Lunatic asylums Bombay report 1891-1903 - 1891-1903
Year: 1891
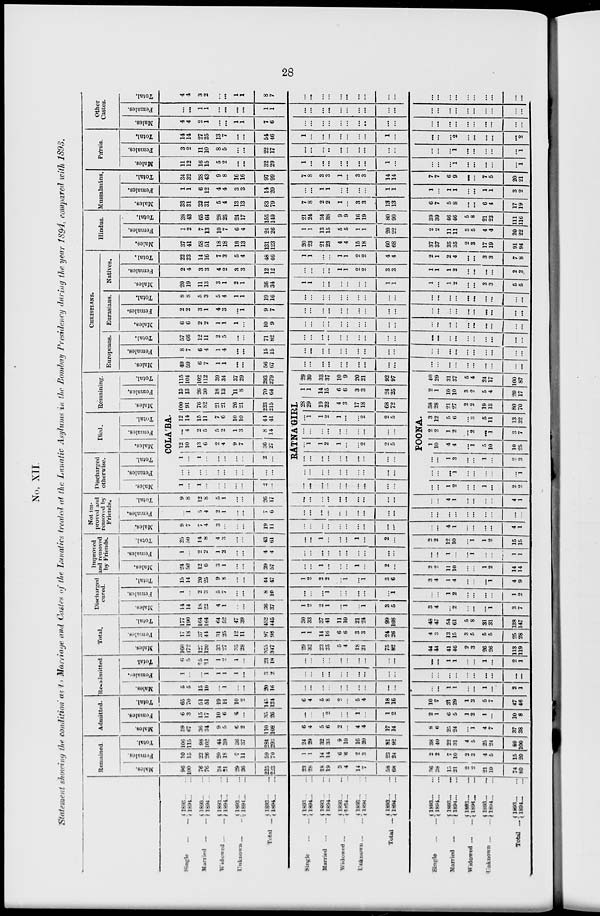
28
No. XII.
Statement showing the condition as to Marriage and Castes of the Lunatics treated at the Lunatic Asylums in the Bombay Presidency during the year 1894, compared with 1893.
Single
...
...
Married
...
...
Widowed ... ...
Unknown ... ...
Total ...
Single
...
...
Married
...
...
Widowed ... ...
Unknown ... ...
Total ...
Single
...
...
Married
...
...
Widowed
...
...
Unknown
...
...
Total
...
1893... ...
1894 ... ...
1893... ...
1894 ... ...
1893... ...
1894 ... ...
1893...
...
1894...
...
1893... ...
1894...
...
1893...
...
1894...
...
1893...
...
1894...
...
1893...
...
1894...
...
1893...
...
1894...
...
1893...
...
1894...
...
1893 ... ...
1894 ... ...
1893... ...
1894...
...
1893...
...
1894... ...
1893...
...
1894...
...
1893...
...
1894... ...
Remained.
Males.
96
100
76
76
24
21
29
26
225
223
23
28
18
19
3
4
14
7
58
68
36
36
15
21
2
2
21
19
74
80
Females.
10
15
22
26
20
18
7
11
59
70
1
1
14
14
6
6
2
3
23
24
2
2
7
10
2
3
4
5
15
20
Total.
106
115
98
102
44
39
36
37
284
293
24
29
32
33
9
10
16
20
81
92
38
40
22
31
4
5
25
24
89
100
Admitted.
Males.
59
67
36
34
9
5
6
2
110
108
6
4
5
6
2
...
4
4
17
14
8
6
25
24
...
1
4
7
37
38
Females.
6
3
15
17
10
6
4
...
35
26
...
...
...
2
...
...
1
...
1
2
2
1
6
5
1
2
1
...
10
8
Total.
65
70
51
51
19
11
10
2
145
134
6
4
5
8
2
...
5
4
18
16
10
7
31
29
1
3
5
7
47
46
Re-admitted.
Males.
5
5
15
10
...
1
...
...
20
16
...
...
...
...
...
...
...
...
...
...
...
...
1
1
...
...
1
...
2
1
Females.
1
...
...
1
1
1
1
...
3
2
...
...
...
...
...
...
...
...
...
...
...
...
...
...
...
...
...
...
...
...
Total.
6
5
15
11
1
2
1
...
23
18
...
...
...
...
...
...
...
...
...
...
...
...
1
1
...
...
1
...
2
1
Total.
Males.
160
172
127
120
33
27
35
28
355
347
29
32
23
25
5
4
18
21
75
82
44
44
41
46
2
3
26
26
113
119
Females.
17
18
37
44
31
25
12
11
97
98
1
1
14
16
6
6
3
3
24
26
4
3
13
15
3
6
5
5
25
28
Total.
177
190
164
164
64
52
47
39
452
445
30
33
37
41
11
10
21
24
99
108
48
47
54
61
5
8
31
31
138
147
Discharged
cured.
Males.
14
14
18
22
4
1
...
...
36
37
1
2
2
1
...
1
...
1
3
5
3
4
...
2
...
...
...
1
3
7
Females.
1
...
2
3
5
7
...
...
8
10
...
...
...
1
...
...
...
...
...
1
...
...
1
2
...
...
...
...
1
2
Total.
15
14
20
25
9
8
...
...
44
47
1
2
2
2
...
1
...
1
3
6
3
4
1
4
...
...
...
1
4
9
Improved
and removed
by Friends.
Males.
24
50
12
6
3
1
...
...
39
57
...
...
1
...
...
...
1
...
2
...
2
2
11
10
...
...
1
2
14
14
Females.
1
...
2
2
1
2
...
...
4
4
...
...
...
...
...
...
...
...
...
...
...
...
1
...
...
1
...
...
1
1
Total.
25
50
14
8
4
3
...
...
43
61
...
...
1
...
...
...
1
...
2
...
2
2
12
10
...
1
1
2
15
15
Not im-
proved and
removed by
Friends.
Males.
9
7
7
4
3
...
...
...
19
11
...
...
...
...
...
...
...
...
...
...
...
...
4
1
...
...
...
...
4
1
Females.
...
1
5
4
2
1
...
...
7
6
...
...
...
...
...
...
...
...
...
...
...
...
...
...
...
...
...
...
...
...
Total.
9
8
12
8
5
1
...
...
26
17
...
...
...
...
...
...
...
...
...
...
...
...
4
1
...
...
...
...
4
1
Discharged
otherwise.
Males.
Females.
Total.
Died.
Males.
Females.
Total.
Remaining.
Males.
Females.
Total.
COLA'BA.
1
...
1
...
...
...
...
...
2
...
...
...
...
...
...
...
...
...
...
...
1
...
1
...
...
...
...
...
2
...
12
10
13
6
2
4
9
7
36
27
...
4
2
5
5
2
1
3
8
14
12
14
15
11
7
6
10
10
44
41
100
91
76
82
21
21
26
21
223
215
15
13
26
30
18
13
11
8
70
64
115
104
102
112
39
34
37
29
293
279
RATNA'GIRI.
...
...
...
...
...
...
...
...
...
...
...
...
...
...
...
...
...
...
...
...
...
...
...
...
...
...
...
...
...
...
...
1
1
2
1
...
...
2
2
5
...
...
...
...
...
...
...
...
...
...
...
1
1
2
1
...
...
2
2
5
28
29
19
22
4
3
17
18
68
72
1
1
14
15
6
6
3
3
24
25
29
30
33
37
10
9
20
21
92
97
POONA.
...
...
1
2
...
...
1
...
2
2
...
...
...
1
...
...
...
...
...
1
...
...
1
3
...
...
1
...
2
3
1
10
4
4
...
1
5
10
10
25
2
2
1
2
...
2
...
1
3
7
3
12
5
6
...
3
5
11
13
32
38
28
21
27
2
2
19
13
80
70
2
1
10
10
3
2
5
4
20
17
40
29
31
37
5
4
24
17
100
87
CHRISTIANS.
Europeans.
Males.
49
59
6
7
1
1
...
...
56
67
...
...
...
...
...
...
...
...
...
...
...
...
...
...
...
...
...
...
...
...
Females.
8
7
6
4
1
4
...
...
15
15
...
...
...
...
...
...
...
...
...
...
...
...
...
...
...
...
...
...
...
...
Total.
57
66
12
11
2
5
...
...
71
82
...
...
...
...
...
...
...
...
...
...
...
...
...
...
...
...
...
...
...
...
Eurasians.
Males.
6
6
2
2
1
1
1
...
10
9
...
...
...
...
...
...
...
...
...
...
...
...
...
...
...
...
...
...
...
...
Females.
2
2
3
1
4
3
...
1
9
7
...
...
...
...
...
...
...
...
...
...
...
...
...
...
...
...
...
...
...
...
Total.
8
8
5
3
5
4
1
1
19
16
...
...
...
...
...
...
...
...
...
...
...
...
...
...
...
...
...
...
...
...
Natives.
Males.
20
19
11
13
3
1
2
1
36
34
1
1
...
...
...
...
...
...
1
1
1
...
1
2
...
...
3
3
5
5
Females.
2
4
3
3
4
2
3
3
12
12
...
...
...
...
1
1
2
2
3
3
1
1
1
2
...
...
...
...
2
3
Total.
22
23
14
16
7
3
5
4
48
46
1
1
...
...
1
1
2
2
4
4
2
1
2
4
...
...
3
3
7
8
Hindus.
Males.
37
41
58
51
18
18
18
13
131
123
20
23
21
23
4
4
15
18
60
68
37
37
35
35
2
3
17
19
91
94
Females.
1
2
7
13
10
7
6
4
24
26
1
1
13
15
5
5
1
1
20
22
2
2
11
11
9
5
4
4
20
22
Total.
38
43
65
64
28
25
24
17
155
149
21
24
34
38
9
9
16
19
80
90
39
39
46
46
5
8
21
23
111
116
Mussalmáns.
Males.
33
31
32
31
5
4
13
13
83
79
7
8
2
2
1
...
3
3
13
13
6
7
5
8
...
...
6
4
17
19
Females.
1
1
6
12
4
4
3
3
14
20
...
...
1
1
...
...
...
...
1
1
1
...
1
1
...
...
1
1
3
2
Total.
34
32
38
43
9
8
16
16
97
99
7
8
3
3
1
...
3
3
14
14
7
7
6
9
...
...
7
5
20
21
Pársis.
Males.
11
12
16
15
5
2
...
...
32
29
1
...
...
...
...
...
...
...
1
...
...
...
...
1
...
...
...
...
...
1
Females.
3
2
11
10
8
5
...
...
22
17
...
...
...
...
...
...
...
...
...
...
...
...
...
1
...
...
...
...
...
1
Total.
14
14
27
25
13
7
...
...
54
46
1
...
...
...
...
...
...
...
1
...
...
...
...
2
...
...
...
...
...
2
Other
Castes.
Males.
4
4
2
1
...
...
1
1
7
6
...
...
...
...
...
...
...
..
...
...
...
...
...
...
...
...
...
...
...
...
Females.
...
...
1
1
...
...
...
...
1
1
...
...
...
...
...
...
...
...
...
...
...
...
...
...
...
...
...
...
...
...
Total.
4
4
3
2
...
...
1
1
8
7
...
...
...
...
...
...
...
...
...
...
...
...
...
...
...
...
...
...
...
...